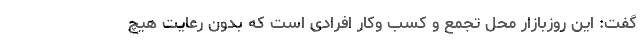
گفت: این روزبازار محل تجمع و کسب وکار افرادی است که بدون رعایت هیچ